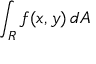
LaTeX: \int _ { R } f ( x , y ) \, d A